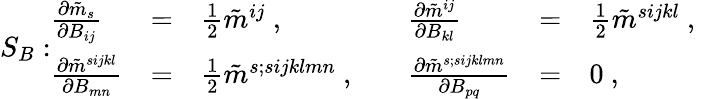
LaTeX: S_{B}:\begin{array}{llllll}{{\frac{\partial\tilde{m}_{s}}{\partial B_{ij}}}}&{{=}}&{{\frac{1}{2}\tilde{m}^{ij}\ ,\quad}}&{{\frac{\partial\tilde{m}^{ij}}{\partial B_{kl}}}}&{{=}}&{{\frac{1}{2}\tilde{m}^{sijkl}\ ,\quad}}\\ {{\frac{\partial\tilde{m}^{sijkl}}{\partial B_{mn}}}}&{{=}}&{{\frac{1}{2}\tilde{m}^{s;sijklmn}\ ,\quad}}&{{\frac{\partial\tilde{m}^{s;sijklmn}}{\partial B_{pq}}}}&{{=}}&{{0\ ,\quad}}\end{array}